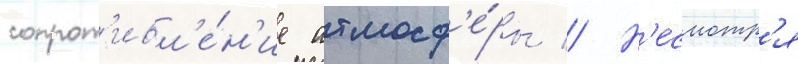
сопрот'ивл'е́н'ие атмосф'е́ры // Н'есмотр'я